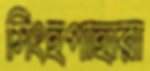
সিংহপাহারা